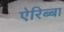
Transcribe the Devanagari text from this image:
ऐरिब्बा